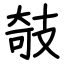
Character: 攲